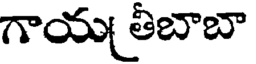
గాయ తీబాబా